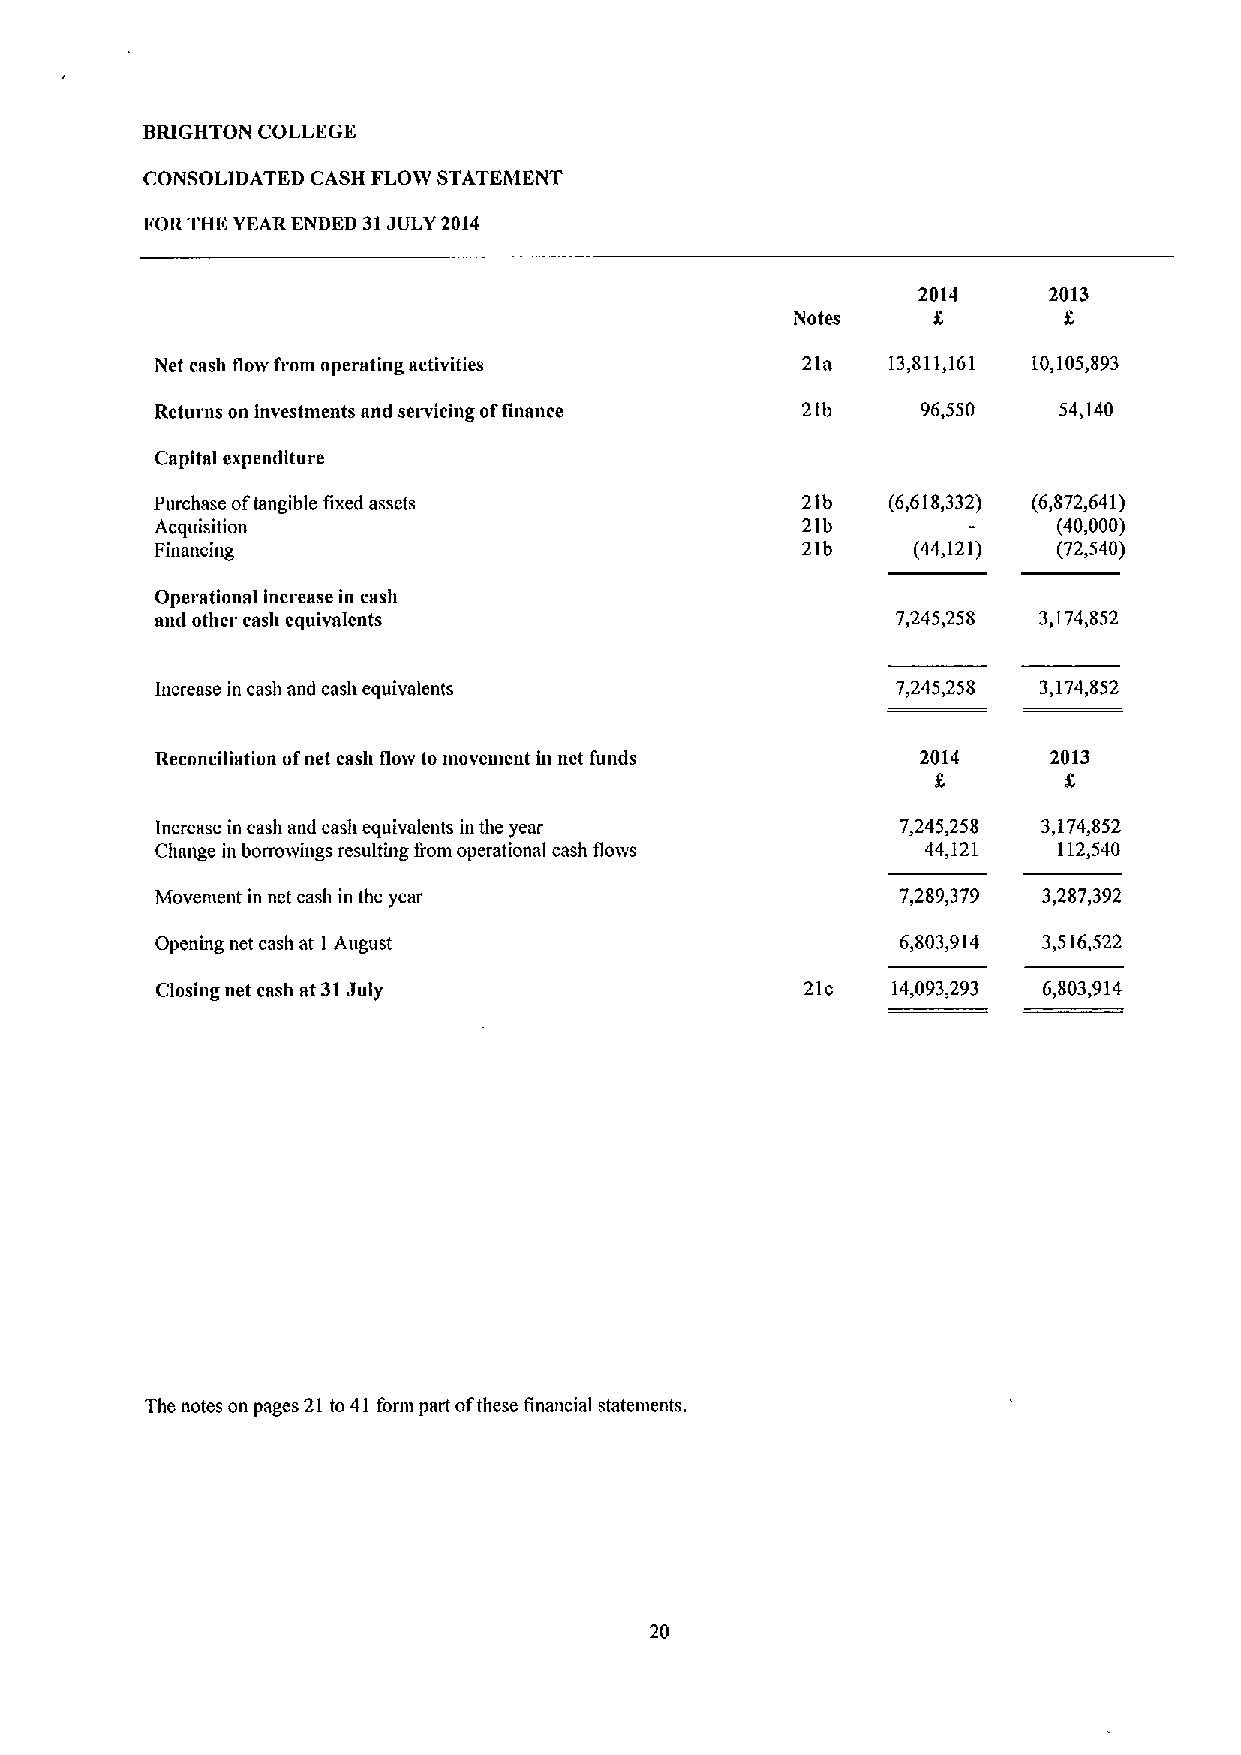
BRIGHTON COLLEGE
 CONSOLIDATED CASH FLO3V STATEMENT
 FORTHE YEAR ENDED 31JULY2014
 2014    2013
 Notes
 Net cash flow from operating activities    21a   13,811,161 10,105,893
 Returns on Investments and servicing offinmice 21b 96,550   54,140
 Capital cxpeniliture
 Purchase oftangible fixed assets           21b   (6,618,332) (6,872,641)
 Acquisition                                21b        -     (40,000)
 Financing                                  21b    (44,121)  (72,540)
 Operational Increase in cash
 aml other cash equivalents                       7,245,258 3,174,852
 Increase in cash and cash equivalents            7,245,258 3,174,852
 Reconciliation ofnet cash flow to movement in net fumls 2014 2013
 Increase in cash and cash equivalents in the year 7,245,258 3,174,852
 Change in borrowings resultuig from operational cash floivs 44,121 112,540
 Movement in net cash in the year                  7,289,379 3,287,392
 Opening net cash at I August                      6,803,914 3,516,522
 Closing net cash at 31July                 21c   14,093,293 6,803,914
 The notes on pages 21 to 41 form part ofthese financial stateinents.
 20